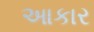
આકાર